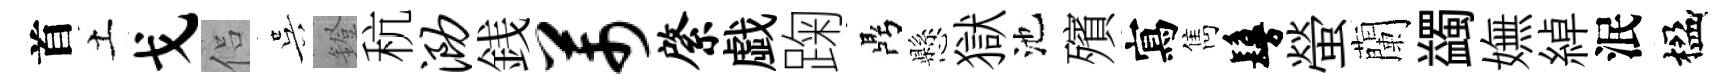
首土戈侣吴鐙秔泐銭芾綮戯踘鼎懸獄池殯寫雋鬘螢蘭蠲嫵綽泯楹